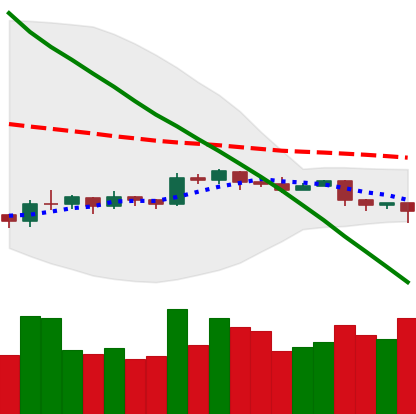
Ticker: EOS-USD
Chart end date: 2019-10-18
Forward return: -5.809%
Label: down_5_7